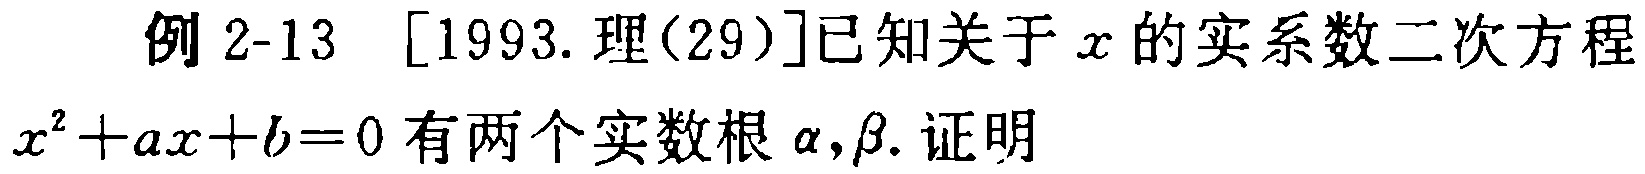
例 2-13 [1993. 理(29)]已知关于\(x\)的实系数二次方程\(x^{2}+ax + b = 0\)有两个实数根\(\alpha,\beta\). 证明